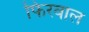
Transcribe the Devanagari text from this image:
फिरवाल